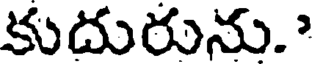
కుదురును."